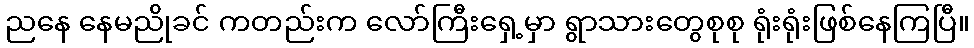
ညနေ နေမညိုခင် ကတည်းက လော်ကြီးရှေ့မှာ ရွာသားတွေစုစု ရုံးရုံးဖြစ်နေကြပြီ။